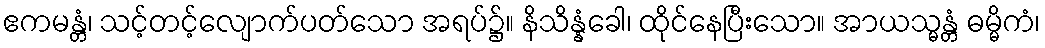
ဧကမန္တံ၊ သင့်တင့်လျောက်ပတ်သော အရပ်၌။ နိသိန္နံခေါ၊ ထိုင်နေပြီးသော။ အာယသ္မန္တံ ဓမ္မိကံ၊